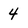
Character: 4